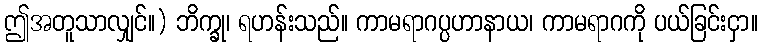
ဤအတူသာလျှင်။) ဘိက္ခု၊ ရဟန်းသည်။ ကာမရာဂပ္ပဟာနာယ၊ ကာမရာဂကို ပယ်ခြင်းငှာ။